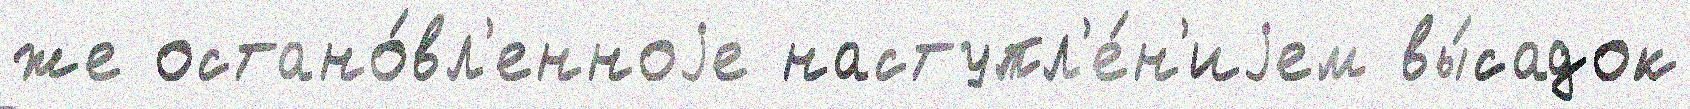
же остано́вл'енноjе наступл'е́н'иjем вы́садок